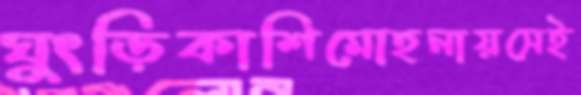
ঘুংড়িকাশিমোহনায়সেই